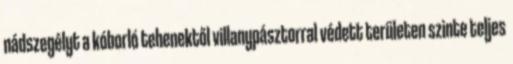
nádszegélyt a kóborló tehenektől villanypásztorral védett területen szinte teljes